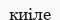
киіле